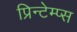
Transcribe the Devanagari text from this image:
प्रिन्टेम्प्स